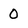
Character: 0